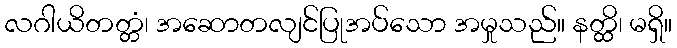
လဂါယိတတ္တံ၊ အဆောတလျင်ပြုအပ်သော အမှုသည်။ နတ္ထိ၊ မရှိ။